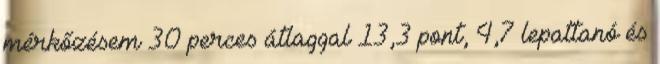
mérkőzésem 30 perces átlaggal 13,3 pont, 4,7 lepattanó és